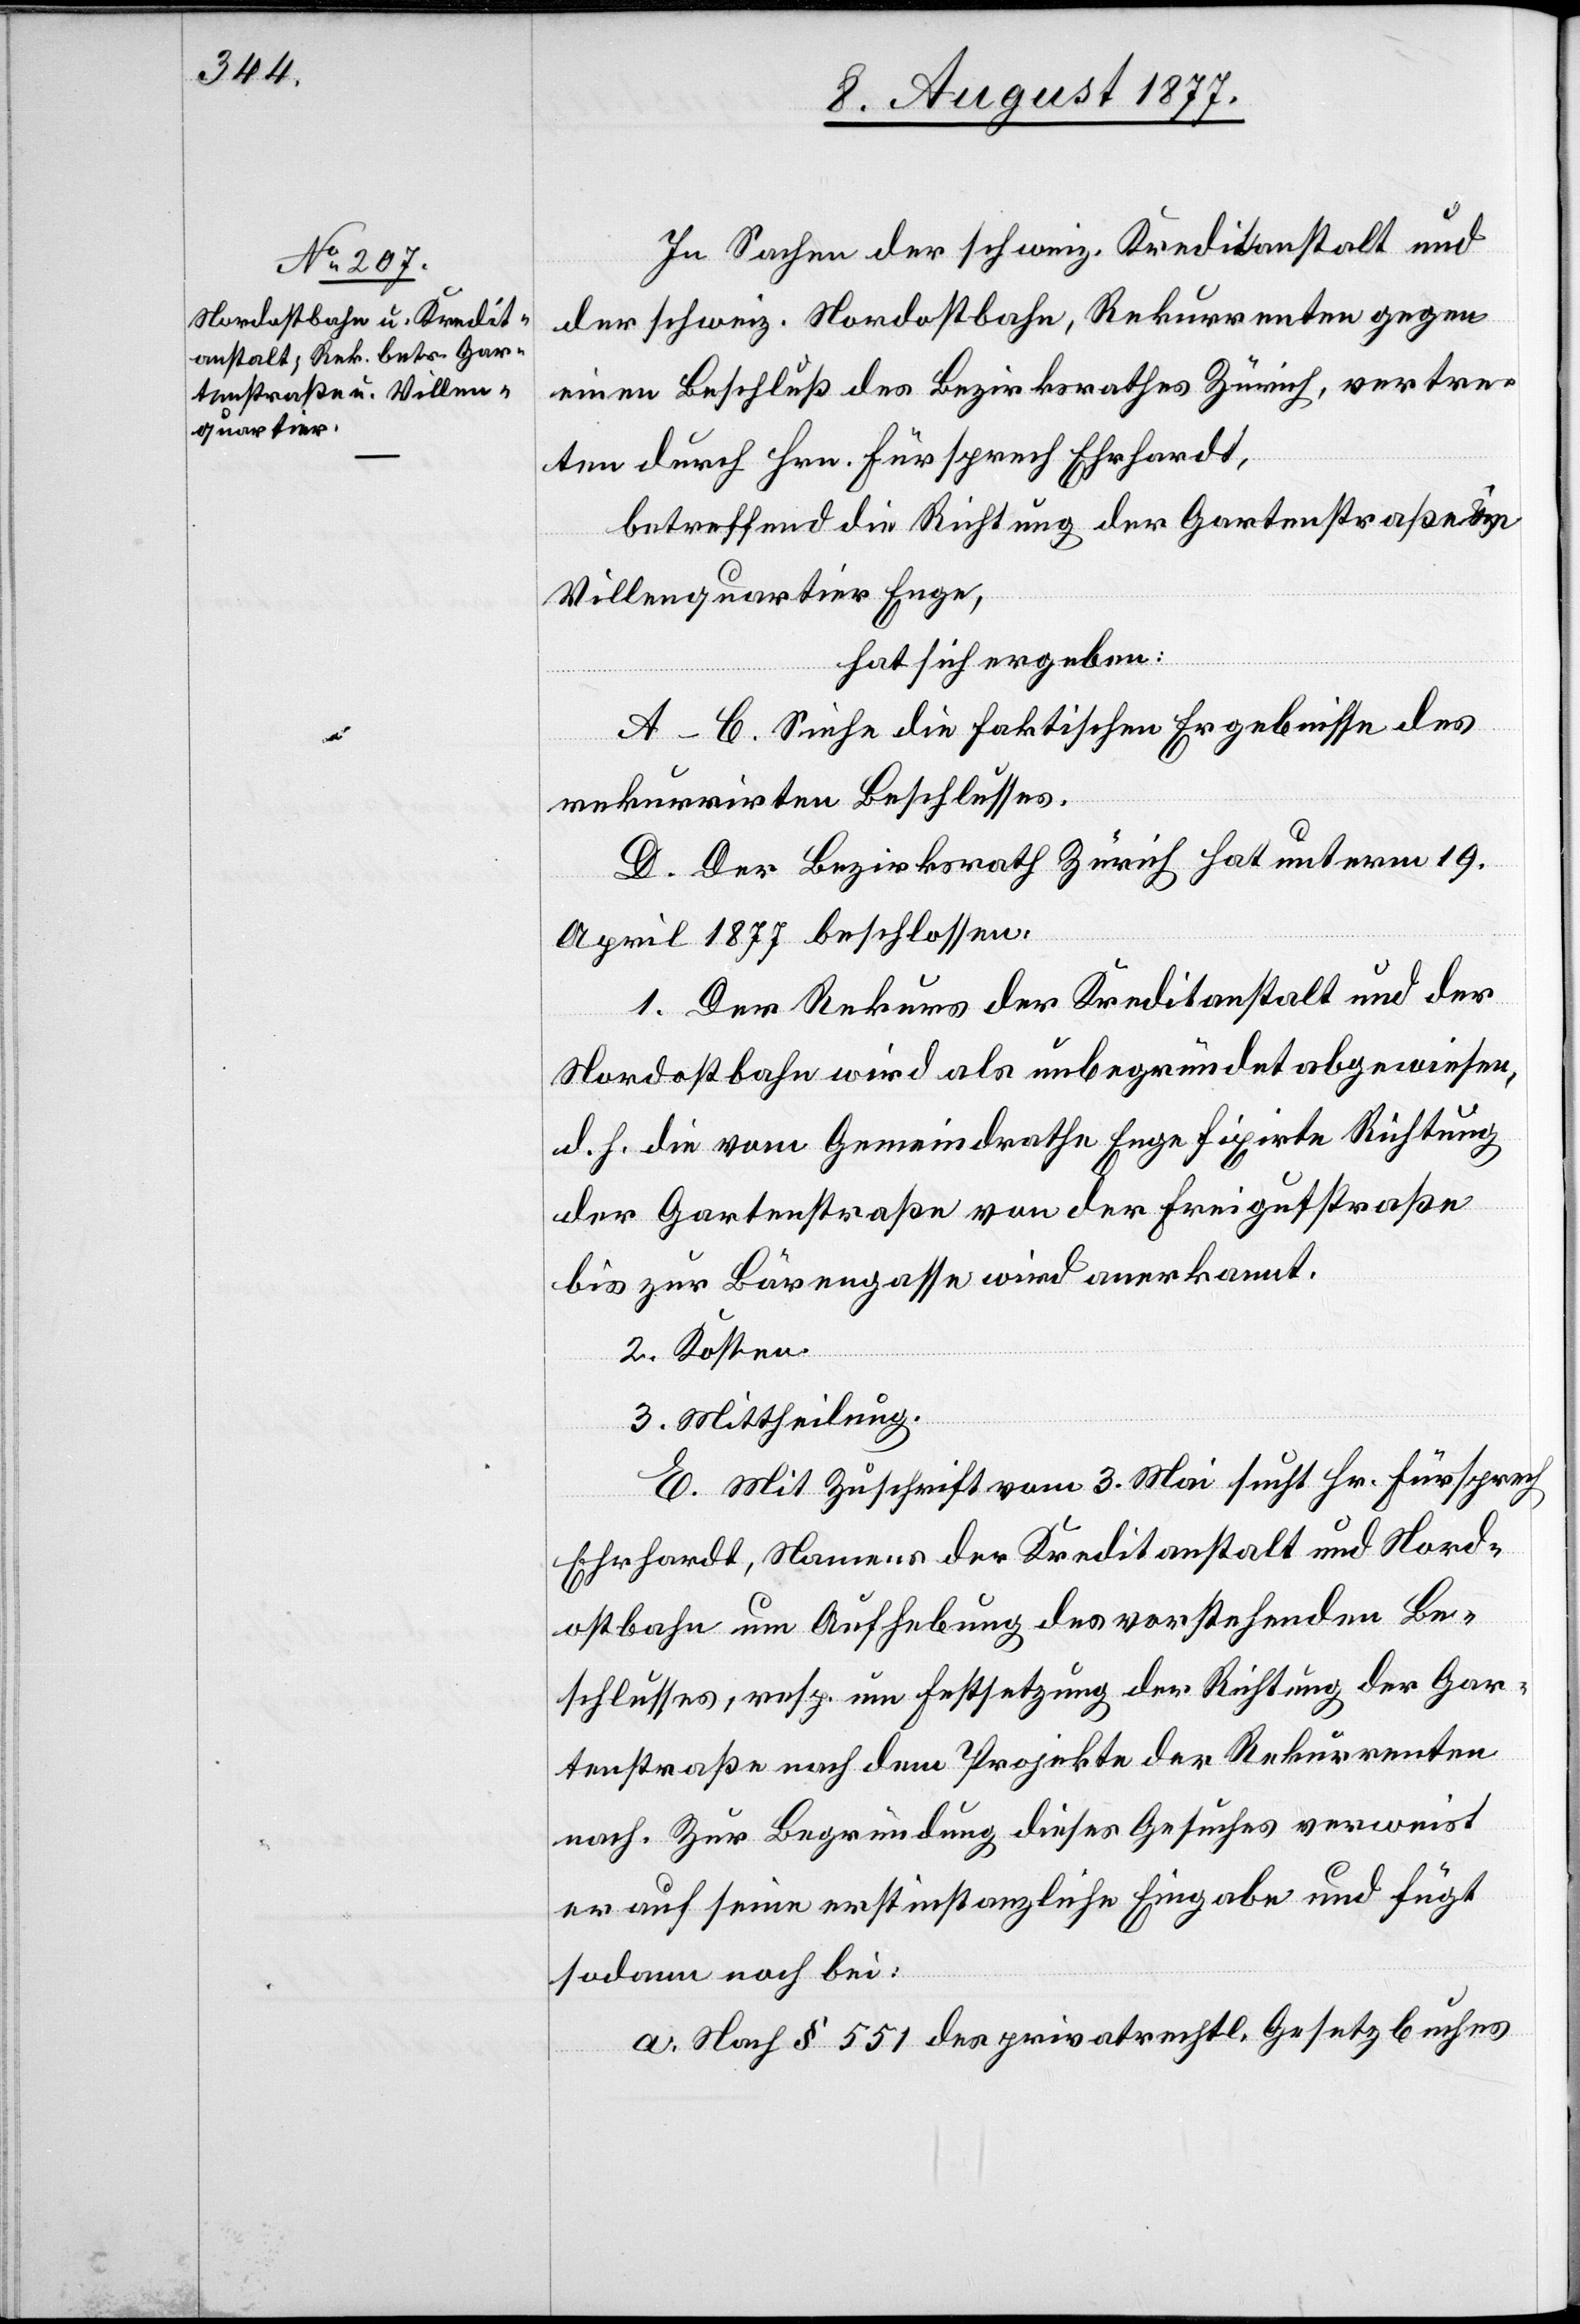
In Sachen der schweiz. Kreditanstalt und
der schweiz. Nordostbahn, Rekurrenten gegen
einen Beschluß des Bezirksrathes Zürich, vertre¬
ten durch Hrn. Fürsprech Ehrhardt,
betreffend die Richtung der Gartenstraße &
Villenquartier Enge,
hat sich ergeben:
A–C. Siehe die faktischen Ergebnisse des
rekurrirten Beschlusses.
D. Der Bezirksrath Zürich hat unterm 19.
April 1877 beschlossen:
1. Der Rekurs der Kreditanstalt und der
Nordostbahn wird als unbegründet abgewiesen,
d. h. die vom Gemeindrathe Enge fixirte Richtung
der Gartenstraße von der Freigutstraße
bis zur Bärengasse wird anerkannt.
2. Kosten.
3. Mittheilung.
E. Mit Zuschrift vom 3. Mai sucht Hr. Fürsprech
Ehrhardt, Namens der Kreditanstalt und Nord¬
ostbahn um Aufhebung des vorstehenden Be¬
schlusses, resp. um Festsetzung der Richtung der Gar¬
tenstraße nach dem Projekte der Rekurrenten
nach. Zur Begründung dieses Gesuches verweist
er auf seine erstinstanzliche Eingabe und fügt
sodann noch bei:
a. Nach § 551 des privatrechtl. Gesetzbuches